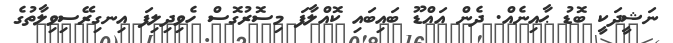
ނަޝީދަކީ ބޮޑު ޙާއިނެއް. ދެން އައްޑޫ ބައިބައި ކޮއްލާފަ މިސޮރުގޮސް ހެވިދިލިފަ އިނގިރޭސިވިލާތުގެ